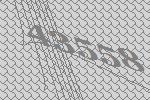
43558